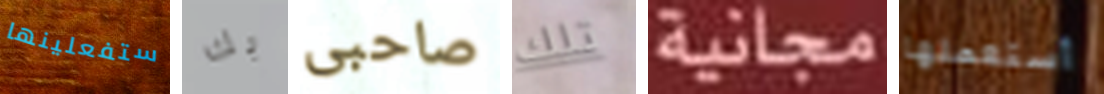
ستفعلينها بك صاحبى تلك مجانية أستعملها